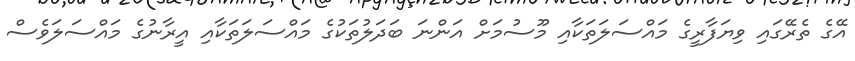
އޭގެ ތެރޭގައި ވިޔަފާރީގެ މައްސަލަތަކާއި މޫސުމަށް އަންނަ ބަދަލުތަކުގެ މައްސަލަތަކާއި އީރާނުގެ މައްސަލަވެސް